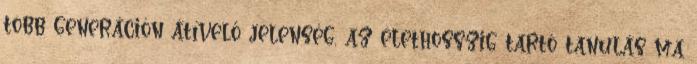
több generáción átívelő jelenség, az élethosszig tartó tanulás ma